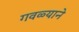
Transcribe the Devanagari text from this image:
गवळ्याने